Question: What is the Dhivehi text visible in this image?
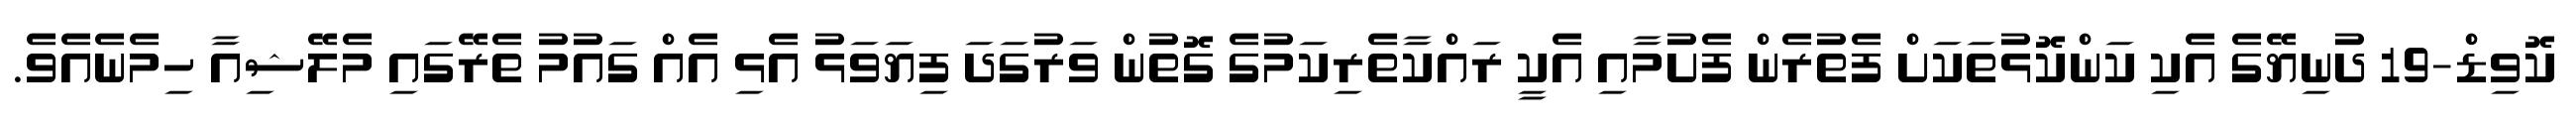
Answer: ކޮވިޑް-19 ދުނިޔޭގެ އެކި ކަންކޮޅުތަކަށް ފެތުރެން ފެށުމާއި އެކީ ރައްކާތެރިކަމުގެ ގޮތުން ވަރުގަދަ ފިޔަވަޅު އެޅި އެއް ގައުމު ތެރޭގައި މެލޭޝިއާ ހިމެނެއެވެ.